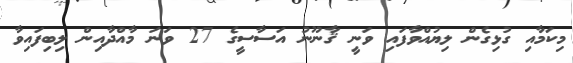
މިކަމާއި ގުޅިގެން ލިޔުއްވާފައި ވަނީ ޤާނޫނު އަސާސީގެ 27 ވަނަ މާއްދާއިން ލިބިފައިވާ